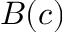
B ( c )